Jaan_Tonisson_(Lasteleht), lk 46
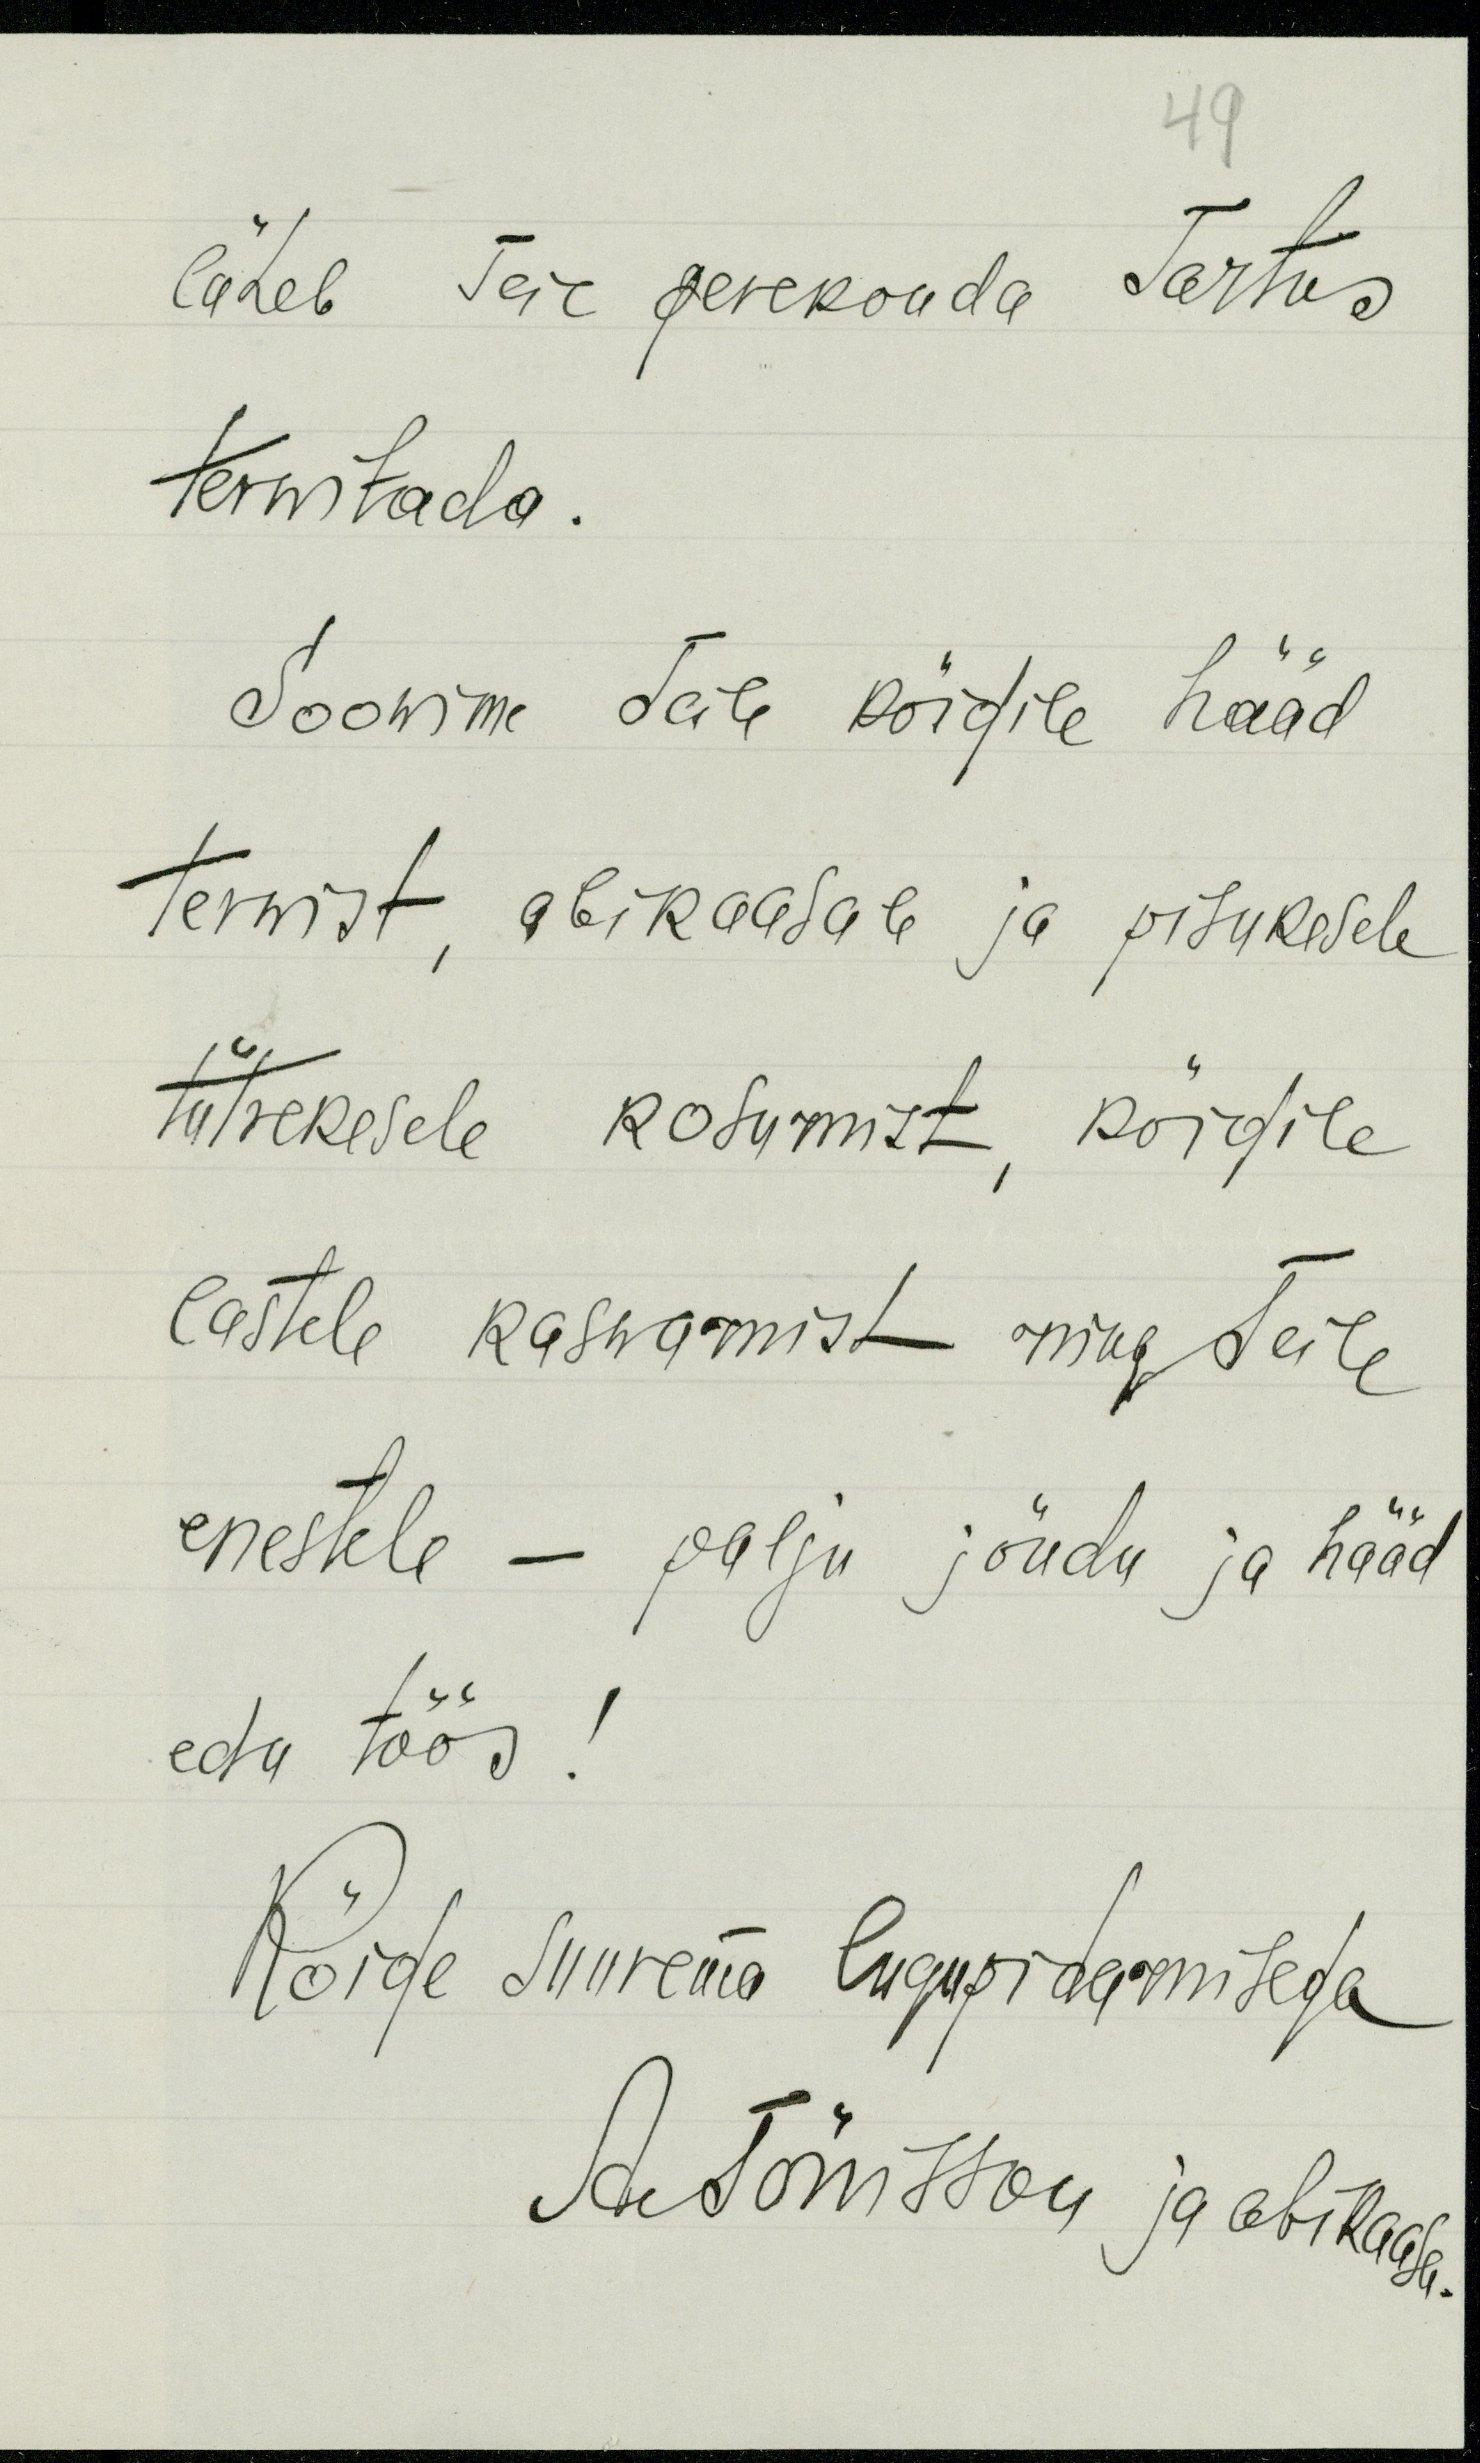
49
läheb Teie perekonda Tartus
terwitada
Soowime Teile kõigile hääd
terwist, abikaasale ja pisukesele
tütrekesele kosumist, kõigile
lastele kaswamist ning Teile
enestele - palju jõudu ja hääd
edu töös!
Kõige suurema lugupidamisega
A Tõnisson ja abikaasa.